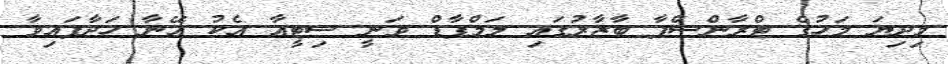
މިދިޔަ މަހުގެ ޓްރާންސްފާ ބާޒާރުގައި ލަމްޕާޑް ވަނީ ސިޓީއާ އެކު އޭނާ ހަދާފައިވާ